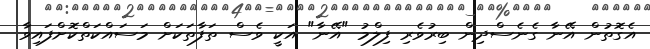
އެގޮތުން އޭނާ ގެނެސްދިން ބިރުވެރި ފިލްމު "އޭނާ" އަކީ ވެސް ތަފާތަކަށް މަސައްކަތްކޮށްފައިވާ